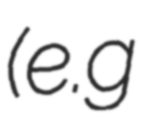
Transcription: (e.g